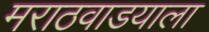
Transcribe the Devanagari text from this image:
मराठवाडयाला